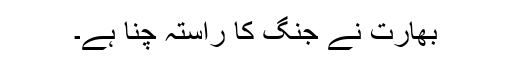
بھارت نے جنگ کا راستہ چنا ہے۔